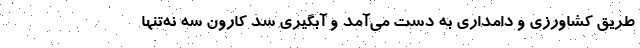
طریق کشاورزی و دامداری به دست می‌آمد و آبگیری سد کارون سه نه‌تنها